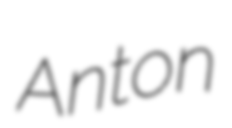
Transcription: Anton